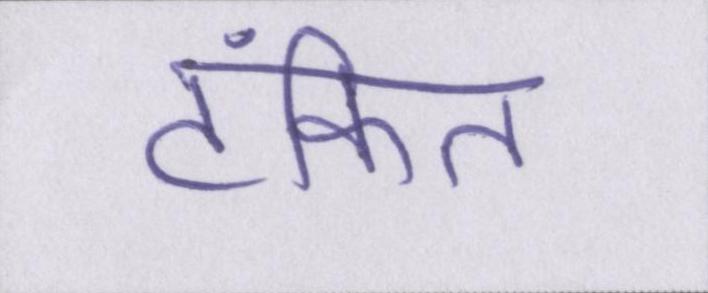
टंकित